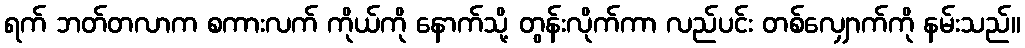
ရက် ဘတ်တလာက စကားလက် ကိုယ်ကို နောက်သို့ တွန်းလိုက်ကာ လည်ပင်း တစ်လျှောက်ကို နမ်းသည်။